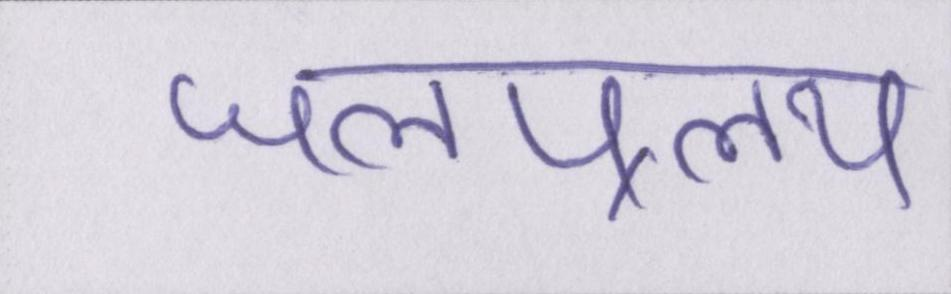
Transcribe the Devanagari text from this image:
जलप्रलय